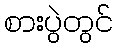
စားပွဲတွင်